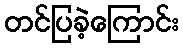
တင်ပြခဲ့ကြောင်း